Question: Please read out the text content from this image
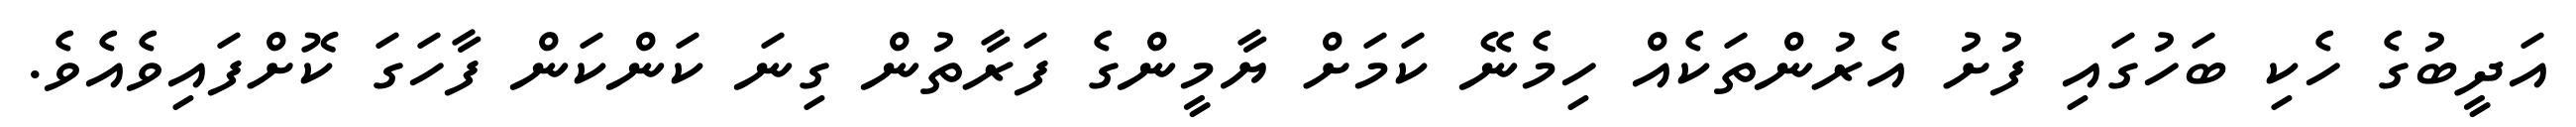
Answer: އަދީބުގެ ހެކި ބަހުގައި ފުށު އެރުންތަކެއް ހިމެނޭ ކަމަށް ޔާމީންގެ ފަރާތުން ގިނަ ކަންކަން ފާހަގަ ކޮށްފައިވެއެވެ.